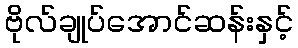
ဗိုလ်ချုပ်အောင်ဆန်းနှင့်